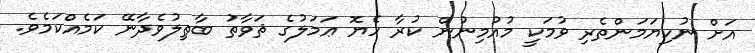
އަށް ނުކިޔަމަންތެރި ވުމަކީ މުއުމިނުން ކުރާ ހެޔޮ ޢަމަލުގެ ޘަވާތު ބާޠިލުވެދާނޭ ކަމެއްކަމެވެ.